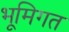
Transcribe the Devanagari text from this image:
भूमिगत